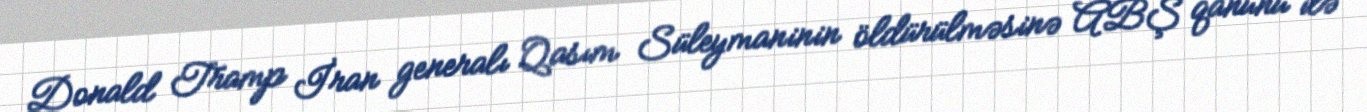
Donald Tramp İran generalı Qasım Süleymaninin öldürülməsinə ABŞ qanunu ilə